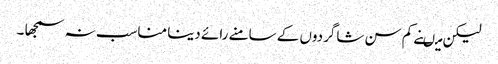
لیکن میںنے کم سن شاگردوں کے سامنے رائے دینا مناسب نہ سمجھا ۔